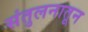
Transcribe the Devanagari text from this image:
संतुलनातून